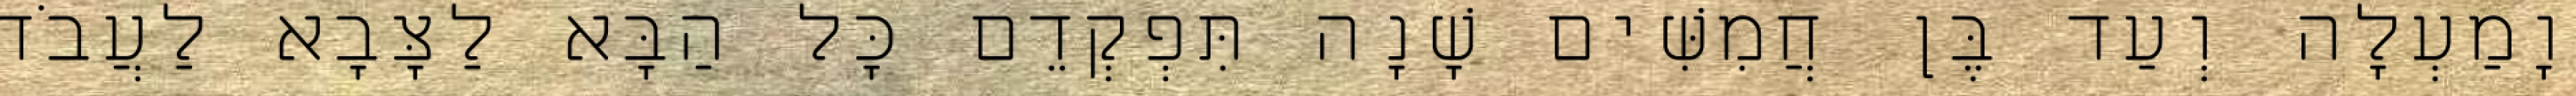
וָמַעְלָה וְעַד בֶּן חֲמִשִּׁים שָׁנָה תִּפְקְדֵם כָּל הַבָּא לַצָּבָא לַעֲבֹד